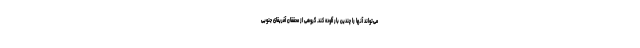
می‌تواند آنها را چندین بار آلوده کند. گروهی از محققان آفریقای جنوبی